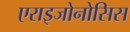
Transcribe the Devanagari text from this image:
एराइजोनोसिस